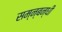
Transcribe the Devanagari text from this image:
सम्न्बन्धी